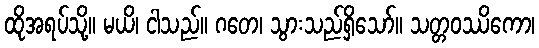
ထိုအရပ်သို့။ မယိ၊ ငါသည်။ ဂတေ၊ သွားသည်ရှိသော်။ သတ္တဝဿိကော၊